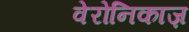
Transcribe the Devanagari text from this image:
वेरोनिकाज़